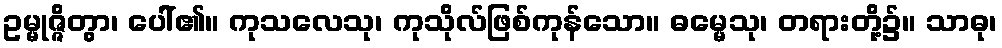
ဥမ္မုဇ္ဇိတွာ၊ ပေါ်၏။ ကုသလေသု၊ ကုသိုလ်ဖြစ်ကုန်သော။ ဓမ္မေသု၊ တရားတို့၌။ သာဓု၊